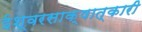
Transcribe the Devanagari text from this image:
ईश्वरसाक्षात्कारी